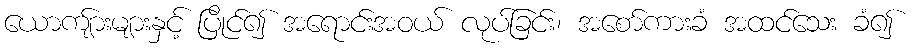
ယောကျ်ားများနှင့် ပြိုင်၍ အရောင်းအဝယ် လုပ်ခြင်း၊ အစော်ကားခံ အထင်သေး ခံ၍